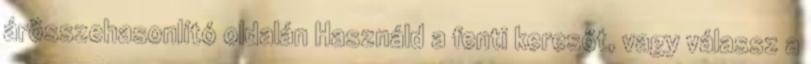
árösszehasonlító oldalán Használd a fenti keresőt, vagy válassz a